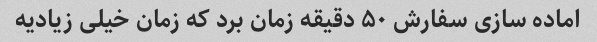
اماده سازی سفارش ۵۰ دقیقه زمان برد که زمان خیلی زیادیه